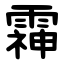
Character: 䨩